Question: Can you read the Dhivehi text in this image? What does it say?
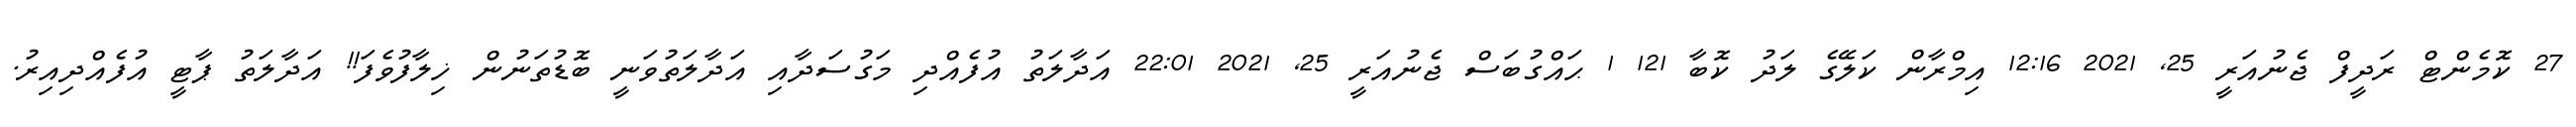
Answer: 27 ކޮމެންޓް ރަދީފް ޖެނުއަރީ 25, 2021 12:16 އިމްރާން ކަލޭގެ ލަދު ކޮބާ 121 1 ޙައްގުބަސް ޖެނުއަރީ 25, 2021 22:01 އަދާލަތު އުފެއްދި މަގުސަދާއި އަދާލަތުވަނީ ބޮޑުތަނުން ޚިލާފުވެފަ!! އަދާލަތު ޕާޓީ އުފެއްދިއިރު.